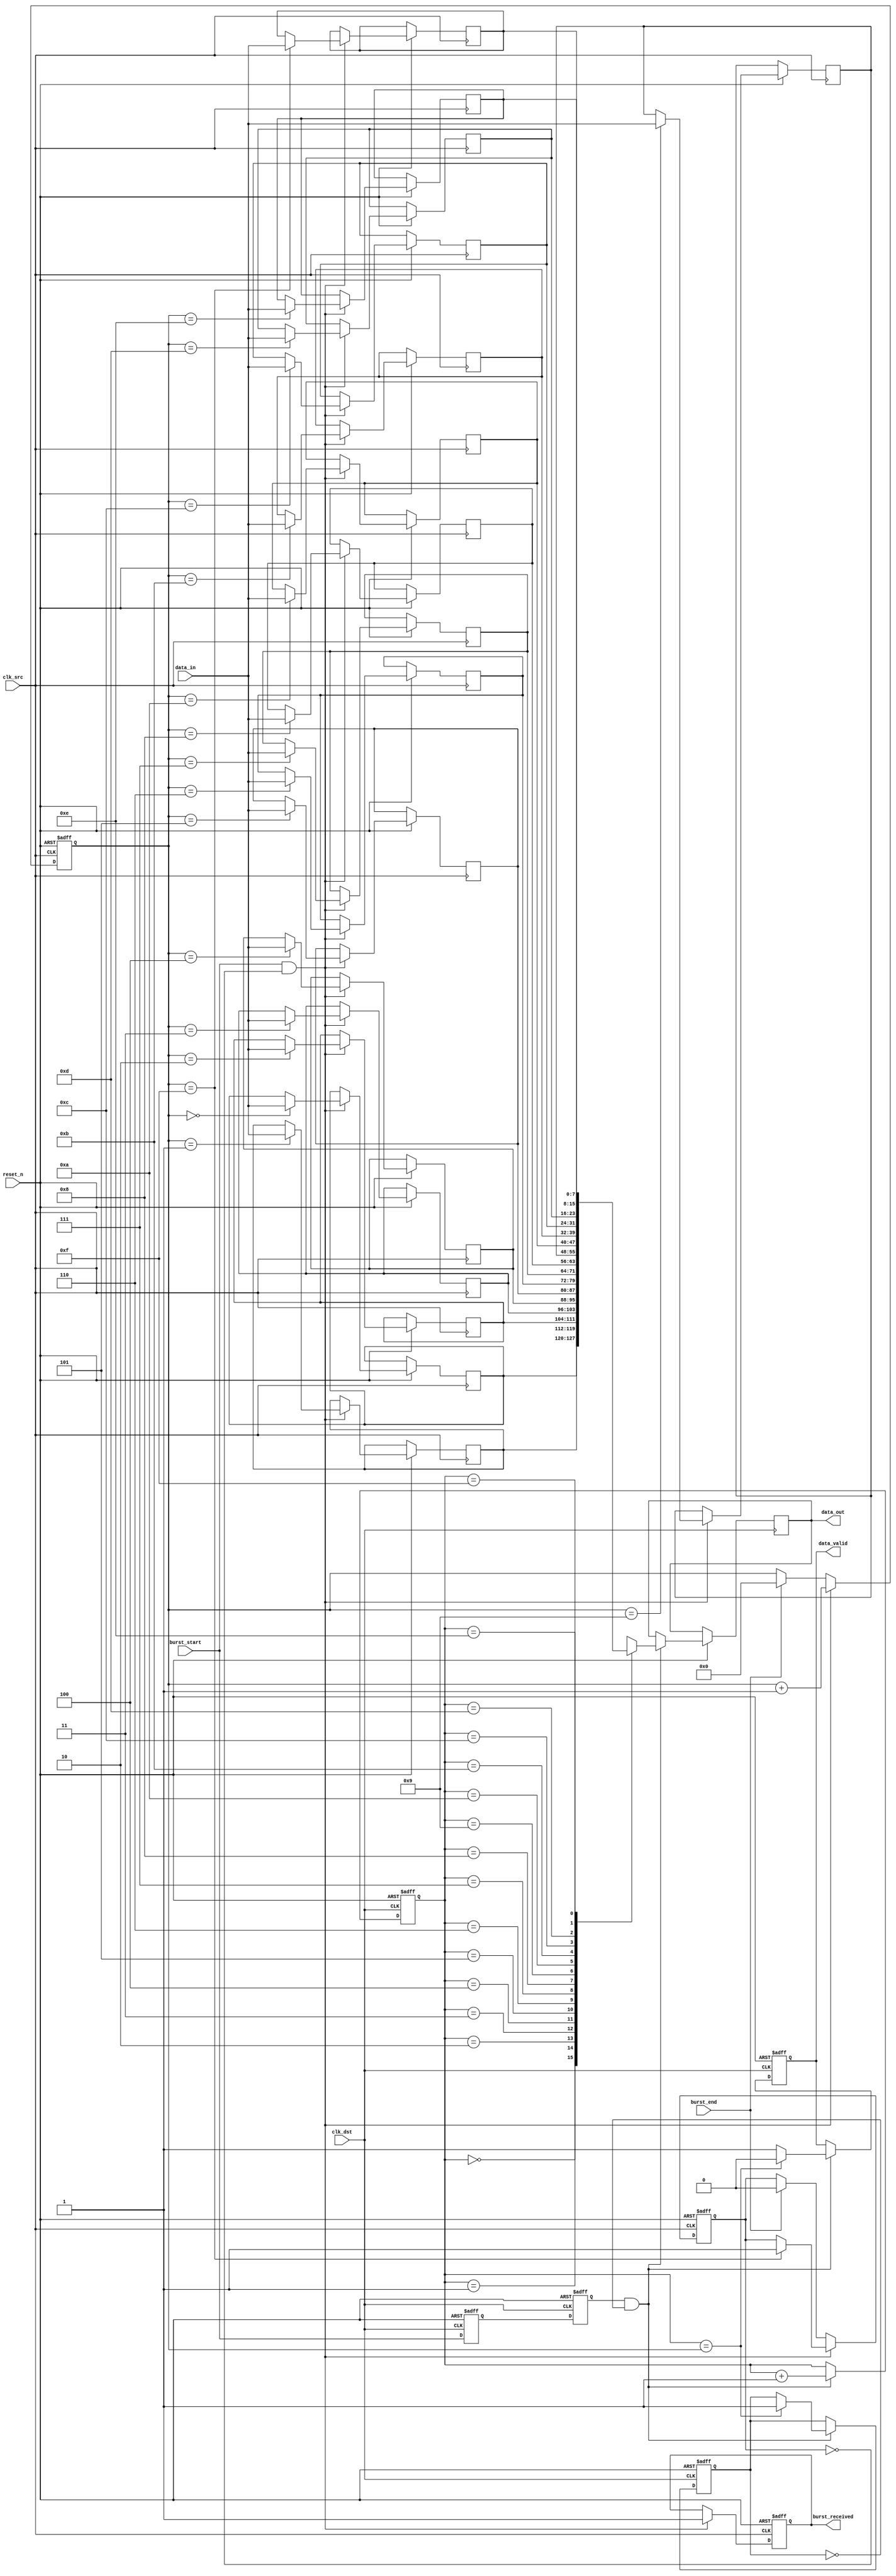
module burst_mode_synchronizer #(
    parameter DATA_WIDTH = 8,  // Width of the data bus
    parameter FIFO_DEPTH = 16   // Depth of the FIFO buffer
)(
    input wire clk_src,               // Source clock
    input wire clk_dst,               // Destination clock
    input wire reset_n,               // Active low reset
    input wire [DATA_WIDTH-1:0] data_in, // Incoming data from source
    input wire burst_start,           // Signal indicating start of burst
    input wire burst_end,             // Signal indicating end of burst
    output reg [DATA_WIDTH-1:0] data_out, // Synchronized data output
    output reg data_valid,            // Handshake signal to indicate valid data
    output reg burst_received          // Signal indicating burst has been received
);

    // Local signals
    reg [DATA_WIDTH-1:0] fifo [0:FIFO_DEPTH-1];
    reg [3:0] fifo_wptr; // FIFO write pointer
    reg [3:0] fifo_rptr; // FIFO read pointer
    reg fifo_full;       // FIFO full flag
    reg fifo_empty;      // FIFO empty flag
    
    // Dual Flip-Flop Synchronizer for burst signals
    reg burst_start_sync1;
    reg burst_start_sync2;
    
    reg burst_end_sync1;
    reg burst_end_sync2;

    // Synchronizing burst_start and burst_end signals
    always @(posedge clk_dst or negedge reset_n) begin
        if (!reset_n) begin
            burst_start_sync1 <= 1'b0;
            burst_start_sync2 <= 1'b0;
            burst_end_sync1 <= 1'b0;
            burst_end_sync2 <= 1'b0;
        end else begin
            burst_start_sync1 <= burst_start;
            burst_start_sync2 <= burst_start_sync1;
            burst_end_sync1 <= burst_end;
            burst_end_sync2 <= burst_end_sync1;
        end
    end

    // FIFO Write Logic in source domain
    always @(posedge clk_src or negedge reset_n) begin
        if (!reset_n) begin
            fifo_wptr <= 4'b0;
            fifo_full <= 1'b0;
            burst_received <= 1'b0;
        end else if (burst_start && !fifo_full) begin
            fifo[fifo_wptr] <= data_in;
            fifo_wptr <= fifo_wptr + 1'b1;
            if (fifo_wptr == FIFO_DEPTH - 1) begin
                fifo_full <= 1'b1;
            end
            burst_received <= 1'b1;
        end else if (burst_end) begin
            // Reset conditions on burst end
            fifo_full <= 1'b0;
            fifo_wptr <= 4'b0;
        end
    end

    // FIFO Read Logic in destination domain
    always @(posedge clk_dst or negedge reset_n) begin
        if (!reset_n) begin
            fifo_rptr <= 4'b0;
            fifo_empty <= 1'b1;
            data_valid <= 1'b0;
        end else if (burst_start_sync2 && !fifo_empty) begin
            data_out <= fifo[fifo_rptr];
            data_valid <= 1'b1;
            fifo_rptr <= fifo_rptr + 1'b1;
            if (fifo_rptr == fifo_wptr) begin
                fifo_empty <= 1'b1;
                data_valid <= 1'b0; // no more valid data
            end
        end
    end

endmodule